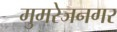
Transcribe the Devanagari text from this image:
मुमरेजनगर